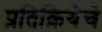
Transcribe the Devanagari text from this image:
प्रतिक्रियेचे